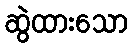
ဆွဲထားသော